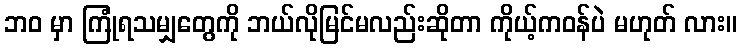
ဘဝ မှာ ကြုံရသမျှတွေကို ဘယ်လိုမြင်မလည်းဆိုတာ ကိုယ့်ကဝန်ပဲ မဟုတ် လား။